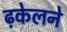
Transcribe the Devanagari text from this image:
ढ़केलने